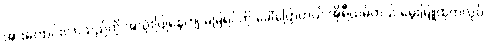
အားကောင်းလာသည်ကို အသုံးပြုနေကျ မမြရင်ကို ခေါ်ပြောတယ် အိုရီယမ်တယ် မွေးမြူထုတ်လုပ်